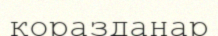
қоразданар